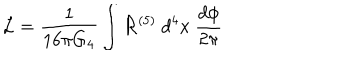
{ \cal L } = { \frac { 1 } { 1 6 \pi G _ { 4 } } } \int { \cal R } ^ { ( 5 ) } ~ { d ^ { 4 } x } ~ { \frac { d \phi } { 2 \pi } }